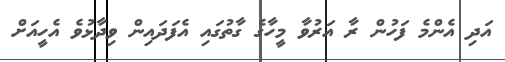
އަދި އެންމެ ފަހުން ރާ އަރުވާ މީހާގެ ގާތުގައި އެފަދައިން ވިދާޅުވެ އެހީއަށް